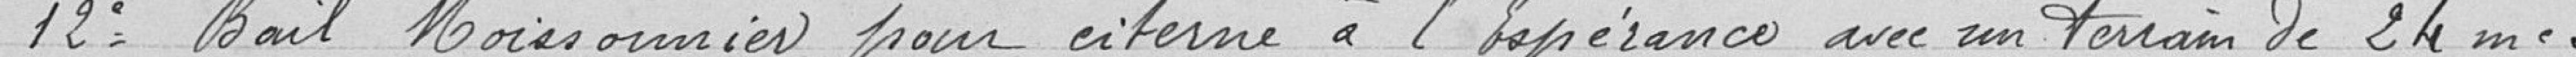
12° Bail Moissonnier pour citerne à l'Espérance avec un terrain de 24 m2